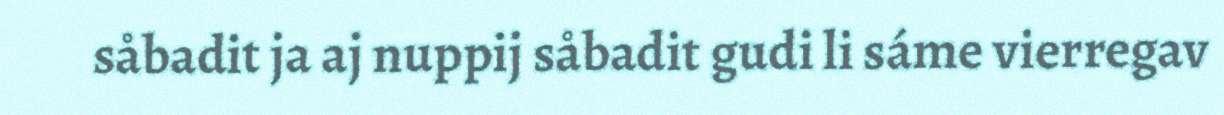
såbadit ja aj nuppij såbadit gudi li sáme vierregav